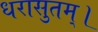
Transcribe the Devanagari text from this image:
धरासुतम्।